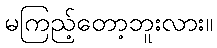
မကြည့်တော့ဘူးလား။